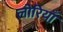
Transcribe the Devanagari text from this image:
लोरियाँ